Civil Veterinary Dept. Bombay admin report 1923-31 - 1923-1931
Year: 1923
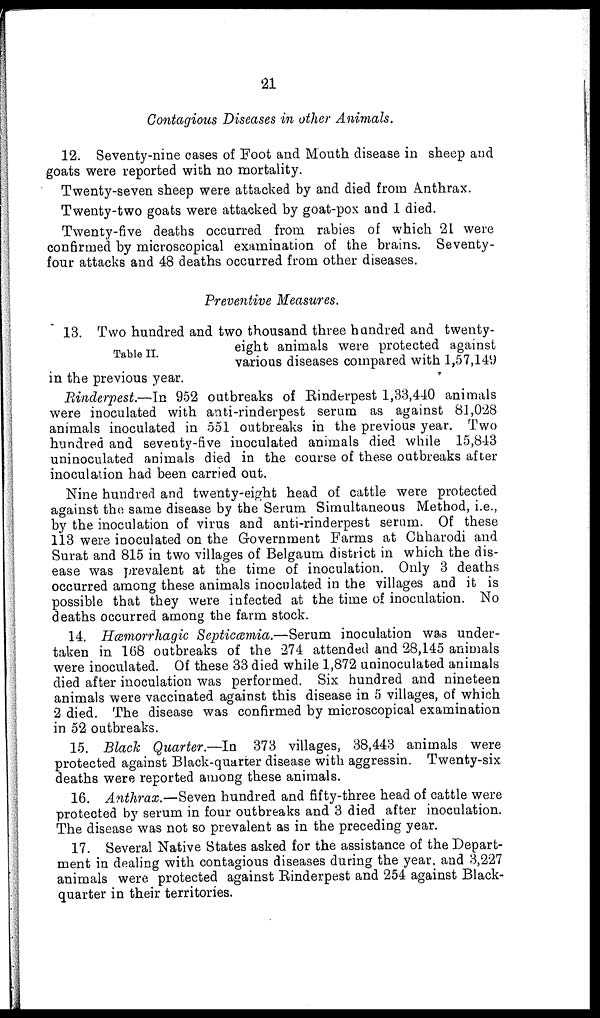
21
Contagious Diseases in other Animals.
12. Seventy-nine cases of Foot and Mouth disease in sheep and
goats were reported with no mortality.
Twenty-seven sheep were attacked by and died from Anthrax.
Twenty-two goats were attacked by goat-pox and 1 died.
Twenty-five deaths occurred from rabies of which 21 were
confirmed by microscopical examination of the brains. Seventy-
four attacks and 48 deaths occurred from other diseases.
Preventive Measures.
Table II.
13. Two hundred and two thousand three hundred and twenty-
eight animals were protected against
various diseases compared with 1,57,149
in the previous year.
Rinderpest.—In 952 outbreaks of Rinderpest 1,33,440 animals
were inoculated with anti-rinderpest serum as against 81,028
animals inoculated in 551 outbreaks in the previous year. Two
hundred and seventy-five inoculated animals died while 15,843
uninoculated animals died in the course of these outbreaks after
inoculation had been carried out.
Nine hundred and twenty-eight head of cattle were protected
against the same disease by the Serum Simultaneous Method, i.e.,
by the inoculation of virus and anti-rinderpest serum. Of these
113 were inoculated on the Government Farms at Chharodi and
Surat and 815 in two villages of Belgaum district in which the dis-
ease was prevalent at the time of inoculation. Only 3 deaths
occurred among these animals inoculated in the villages and it is
possible that they were infected at the time of inoculation. No
deaths occurred among the farm stock.
14. Hæmorrhagic Septicæmia.—Serum inoculation was under-
taken in 168 outbreaks of the 274 attended and 28,145 animals
were inoculated. Of these 33 died while 1,872 uninoculated animals
died after inoculation was performed. Six hundred and nineteen
animals were vaccinated against this disease in 5 villages, of which
2 died. The disease was confirmed by microscopical examination
in 52 outbreaks.
15. Black Quarter.—In 373 villages, 38,443 animals were
protected against Black-quarter disease with aggressin. Twenty-six
deaths were reported among these animals.
16. Anthrax.—Seven hundred and fifty-three head of cattle were
protected by serum in four outbreaks and 3 died after inoculation.
The disease was not so prevalent as in the preceding year.
17. Several Native States asked for the assistance of the Depart-
ment in dealing with contagious diseases during the year, and 3,227
animals were protected against Rinderpest and 254 against Black-
quarter in their territories.